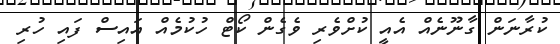
ކުރާނަން ގާނޫނެއް އެއީ ކުށްވެރި ވެގެން ކޯޓް ހުކުމެއް އައިސް ފައި ހުރި